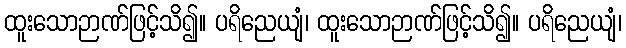
ထူးသောဉာဏ်ဖြင့်သိ၍။ ပရိညေယျံ၊ ထူးသောဉာဏ်ဖြင့်သိ၍။ ပရိညေယျံ၊